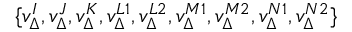
\{ v _ { \Delta } ^ { I } , v _ { \Delta } ^ { J } , v _ { \Delta } ^ { K } , v _ { \Delta } ^ { L 1 } , v _ { \Delta } ^ { L 2 } , v _ { \Delta } ^ { M 1 } , v _ { \Delta } ^ { M 2 } , v _ { \Delta } ^ { N 1 } , v _ { \Delta } ^ { N 2 } \}